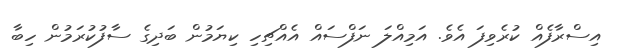
އިސްރާފެއް ކުރެވިފަ އެވެ. އަމިއްލަ ނަފްސައް އެއްޗިހި ކިޔަމުން ބަދިގެ ސާފުކުރަމުން ހިބާ